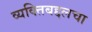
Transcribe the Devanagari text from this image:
व्यक्तिबद्दलचा